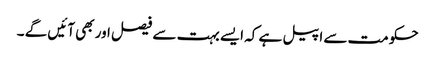
حکومت سے اپیل ہے کہ ایسے بہت سے فیصل اور بھی آئیں گے ۔